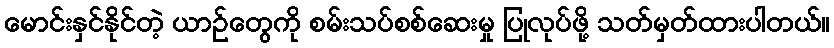
မောင်းနှင်နိုင်တဲ့ ယာဉ်တွေကို စမ်းသပ်စစ်ဆေးမှု ပြုလုပ်ဖို့ သတ်မှတ်ထားပါတယ်။